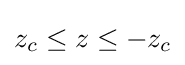
z_{c}\leq z\leq -z_{c}